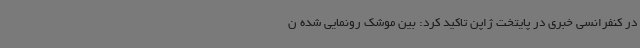
در کنفرانسی خبری در پایتخت ژاپن تاکید کرد: بین موشک رونمایی شده ن